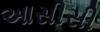
આસીસી